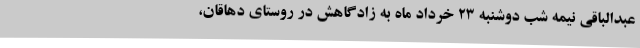
عبدالباقی نیمه شب دوشنبه ۲۳ خرداد ماه به زادگاهش در روستای دهاقان،